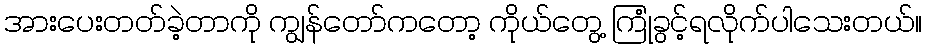
အားပေးတတ်ခဲ့တာကို ကျွန်တော်ကတော့ ကိုယ်တွေ့ ကြုံခွင့်ရလိုက်ပါသေးတယ်။